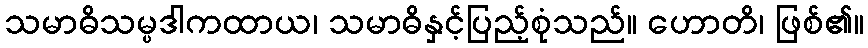
သမာဓိသမ္ပဒါကထာယ၊ သမာဓိနှင့်ပြည့်စုံသည်။ ဟောတိ၊ ဖြစ်၏။